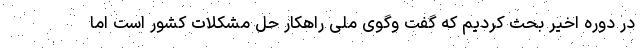
در دوره اخیر بحث کردیم که گفت وگوی ملی راهکار حل مشکلات کشور است اما